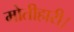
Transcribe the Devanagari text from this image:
मोतीहारी।